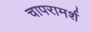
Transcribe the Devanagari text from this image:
चापरामर्श